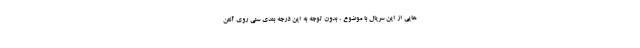
هایی از این سریال با موضوع ، بدون توجه به این درجه بندی سنی روی آنتن